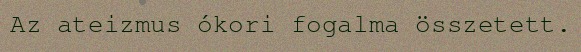
Az ateizmus ókori fogalma összetett.